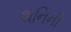
શનિની